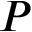
P